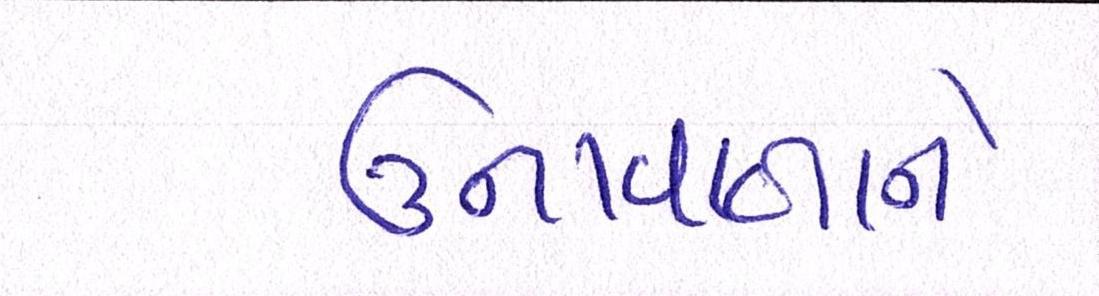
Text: ઉનાવાળાને